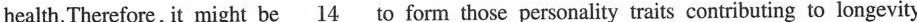
health.Therefore, it might be \underline{14} to form those personality traits contributing to longevity